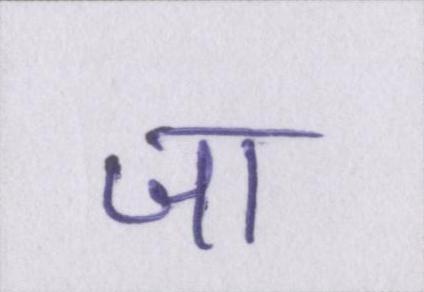
जा